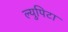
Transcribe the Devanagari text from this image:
ल्युपिटा